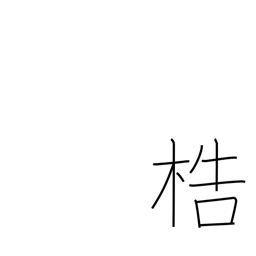
Meaning: manacles